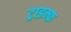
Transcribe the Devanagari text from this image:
ट्राइम्फ़